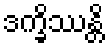
ဒက္ခိဿန္တိ